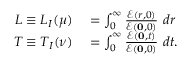
\begin{array} { r l } { L \equiv L _ { I } ( \mu ) } & { { } = \int _ { 0 } ^ { \infty } \frac { \mathcal { E } ( r , 0 ) } { \mathcal { E } ( \mathbf { 0 } , 0 ) } ~ d r } \\ { T \equiv T _ { I } ( \nu ) } & { { } = \int _ { 0 } ^ { \infty } \frac { \mathcal { E } ( \mathbf { 0 } , t ) } { \mathcal { E } ( \mathbf { 0 } , 0 ) } ~ d t . } \end{array}